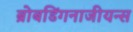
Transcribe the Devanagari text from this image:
ब्रोबडिंगनाजीयन्स